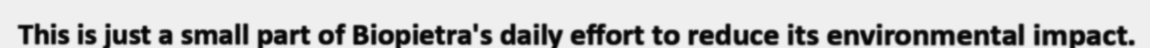
This is just a small part of Biopietra's daily effort to reduce its environmental impact.